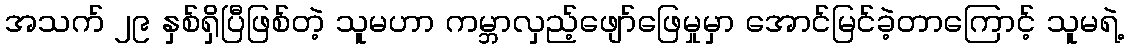
အသက် ၂၉ နှစ်ရှိပြီဖြစ်တဲ့ သူမဟာ ကမ္ဘာလှည့်ဖျော်ဖြေမှုမှာ အောင်မြင်ခဲ့တာကြောင့် သူမရဲ့